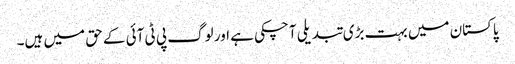
پاکستان میں بہت بڑی تبدیلی آچکی ہے اور لوگ پی ٹی آئی کے حق میں ہیں۔